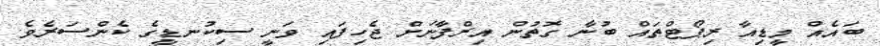
ބައެއް މީޑިއާ ރިޕޯޓްތައް ބުނާ ގޮތުން އިރްފާނަށް ޖެހިފައި ވަނީ ސިކުނޑީގެ ކެންސަރެވެ.